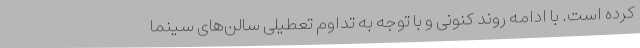
کرده است. با ادامه روند کنونی و با توجه به تداوم تعطیلی سالن‌های سینما